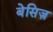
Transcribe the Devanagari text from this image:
बेसिज़